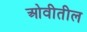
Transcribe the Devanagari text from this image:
ओवीतील